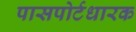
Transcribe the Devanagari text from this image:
पासपोर्टधारक